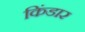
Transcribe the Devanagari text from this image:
किंडार